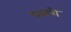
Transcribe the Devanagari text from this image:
पळशे